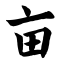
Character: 亩